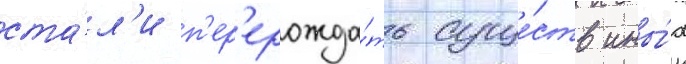
ста́л'и п'ер'ерожда́ть суще́ств ины́х